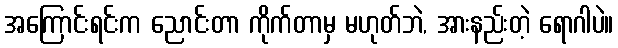
အကြောင်းရင်းက ညောင်းတာ ကိုက်တာမှ မဟုတ်ဘဲ, အားနည်းတဲ့ ရောဂါပဲ။